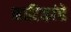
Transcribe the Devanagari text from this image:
नाटिकांचे